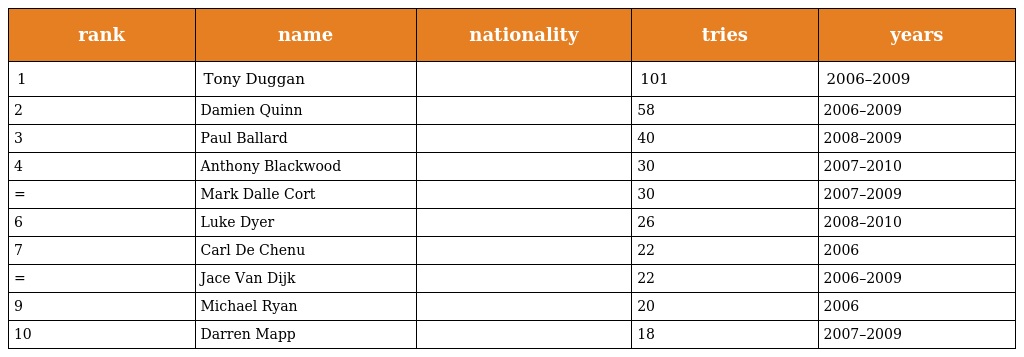
| rank | name | nationality | tries | years |
 | --- | --- | --- | --- | --- |
 | 1 | Tony Duggan |  | 101 | 2006–2009 |
 | 2 | Damien Quinn |  | 58 | 2006–2009 |
 | 3 | Paul Ballard |  | 40 | 2008–2009 |
 | 4 | Anthony Blackwood |  | 30 | 2007–2010 |
 | = | Mark Dalle Cort |  | 30 | 2007–2009 |
 | 6 | Luke Dyer |  | 26 | 2008–2010 |
 | 7 | Carl De Chenu |  | 22 | 2006 |
 | = | Jace Van Dijk |  | 22 | 2006–2009 |
 | 9 | Michael Ryan |  | 20 | 2006 |
 | 10 | Darren Mapp |  | 18 | 2007–2009 |